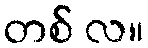
တစ် လ။